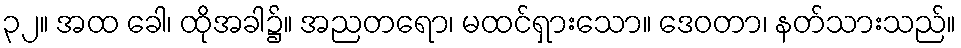
၃၂။ အထ ခေါ၊ ထိုအခါ၌။ အညတရော၊ မထင်ရှားသော။ ဒေဝတာ၊ နတ်သားသည်။